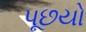
પૂછયો